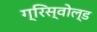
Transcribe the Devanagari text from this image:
ग्रिस्वोल्ड